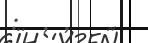
: